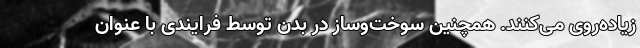
زیاده‌روی می‌کنند. همچنین سوخت‌وساز در بدن توسط فرایندی با عنوان